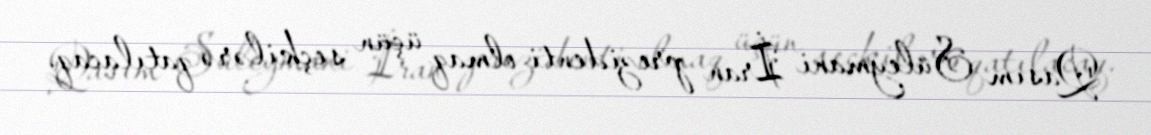
Qasım Süleymani İran prezidenti olmaq üçün seçkilərə qatılacaq.